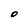
Character: O